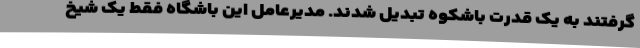
گرفتند به یک قدرت باشکوه تبدیل شدند. مدیرعامل این باشگاه فقط یک شیخ